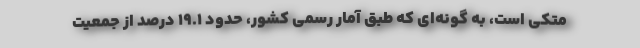
متکی است، به گونه‌ای که طبق آمار رسمی کشور، حدود ۱۹.۱ درصد از جمعیت